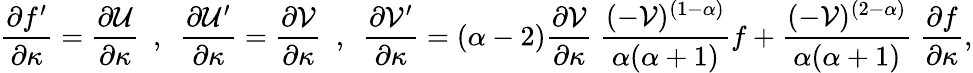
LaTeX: \frac{\partial f^{\prime}}{\partial\kappa}=\frac{\partial\mathcal{U}}{\partial\kappa}~~,~~\frac{\partial\mathcal{U}^{\prime}}{\partial\kappa}=\frac{\partial\mathcal{V}}{\partial\kappa}~~,~~\frac{\partial\mathcal{V}^{\prime}}{\partial\kappa}=(\alpha-2)\frac{\partial\mathcal{V}}{\partial\kappa}~\frac{(-\mathcal{V})^{(1-\alpha)}}{\alpha(\alpha+1)}f+\frac{(-\mathcal{V})^{(2-\alpha)}}{\alpha(\alpha+1)}~\frac{\partial f}{\partial\kappa},